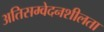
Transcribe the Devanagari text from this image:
अतिसम्वेदनशीलता